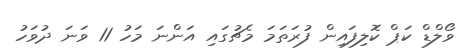
ވޯލްޑް ކަޕް ކޮލިފައިން ފުރަތަމަ މެޗުގައި އަންނަ މަހު 11 ވަނަ ދުވަހު